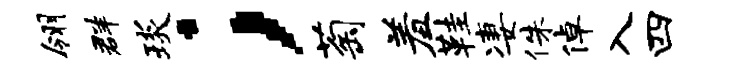
翎群琰；萄羞鞋凄侏倬入四